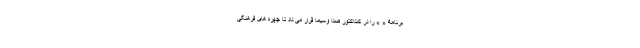
برنامۀ « » را در کنداکتور صدا وسیما قرار می داد تا چهره های فرهنگی